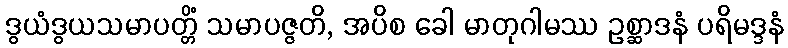
ဒွယံဒွယသမာပတ္တိံ သမာပဇ္ဇတိ, အပိစ ခေါ မာတုဂါမဿ ဥစ္ဆာဒနံ ပရိမဒ္ဒနံ